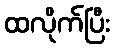
ထလိုက်ပြီး